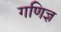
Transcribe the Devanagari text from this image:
गणिज्ञ